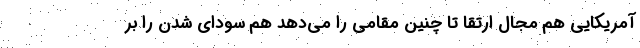
آمریکایی هم مجال ارتقا تا چنین مقامی را می‌دهد هم سودای شدن را بر